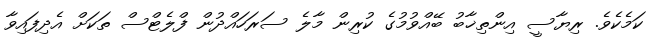
ކަމެކެވެ. ރިޔާސީ އިންތިޚާބު ބޭއްވުމުގެ ކުރިން މާލެ ސަރަހައްދުން ފްލެޓްސް ތަކަށް އެދިފައިވާ